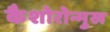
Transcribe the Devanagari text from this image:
कैशोरोन्मुख